Punjab Mental Hospital Lahore 1932-46 - 1932-1946
Year: 1932
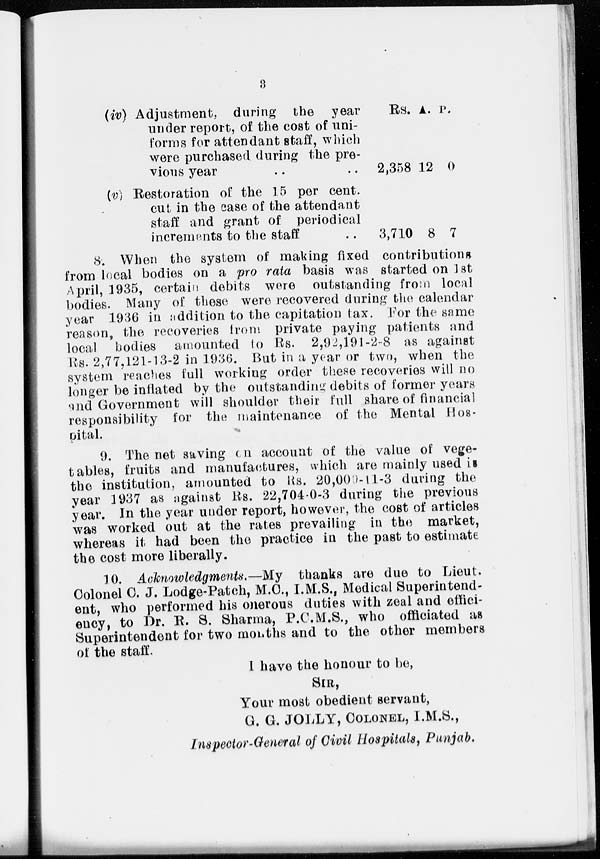
3
(iv) Adjustment, during the year
under report, of the cost of uni-
forms for attendant staff, which
were purchased during the pre-
vious year .. ..
(v) Restoration of the 15 per cent.
cut in the case of the attendant
staff and grant of periodical
increments to the staff ..
Rs.
2,358
3,710
A.
12
8
P.
0
7
8. When the system of making fixed contributions
from local bodies on a pro rata basis was started on 1st
April, 1935, certain debits were outstanding from local
bodies. Many of these were recovered during the calendar
year 1936 in addition to the capitation tax. For the same
reason, the recoveries from private paying patients and
local bodies amounted to Rs. 2,92,191-2-8 as against
Rs. 2,77,121-13-2 in 1936. But in a year or two, when the
system reaches full working order these recoveries will no
longer be inflated by the outstanding debits of former years
and Government will shoulder their full share of financial
responsibility for the maintenance of the Mental Hos-
pital.
9. The net saving on account of the value of vege-
tables, fruits and manufactures, which are mainly used is
the institution, amounted to Rs. 20,000-11-3 during the
year 1937 as against Rs. 22,704-0-3 during the previous
year. In the year under report, however, the cost of articles
was worked out at the rates prevailing in the market,
whereas it had been the practice in the past to estimate
the cost more liberally.
10. Acknowledgments.—My thanks are due to Lieut.
Colonel C. J. Lodge-Patch, M.C., I.M.S., Medical Superintend-
ent, who performed his onerous duties with zeal and effici-
ency, to Dr. R. S. Sharma, P.C.M.S., who officiated as
Superintendent for two months and to the other members
of the staff.
I have the honour to be,
SIR,
Your most obedient servant,
G. G. JOLLY, COLONEL, I.M.S.,
Inspector-General of Civil Hospitals, Punjab.